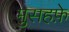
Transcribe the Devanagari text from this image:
मुसहफ़े